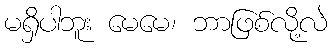
မရှိပါဘူး မေမေ၊ ဘာဖြစ်လို့လဲ